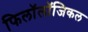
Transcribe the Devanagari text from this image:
फिलॉलॉजिकल